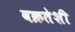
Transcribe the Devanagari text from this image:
वक्रतेशी